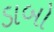
ડાબો